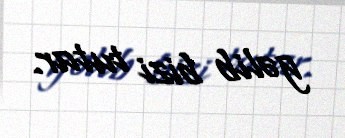
gəlib bizi tutar.